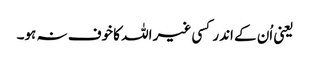
یعنی اُن کے اندر کسی غیر اللہ کا خوف نہ ہو۔